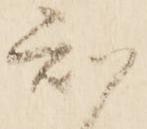
知